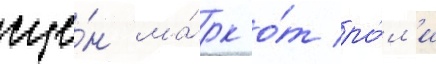
сце́н ма́рк о́т ро́л'и